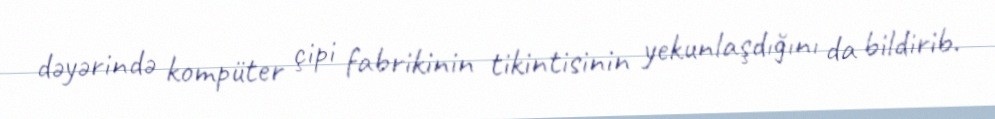
dəyərində kompüter çipi fabrikinin tikintisinin yekunlaşdığını da bildirib.